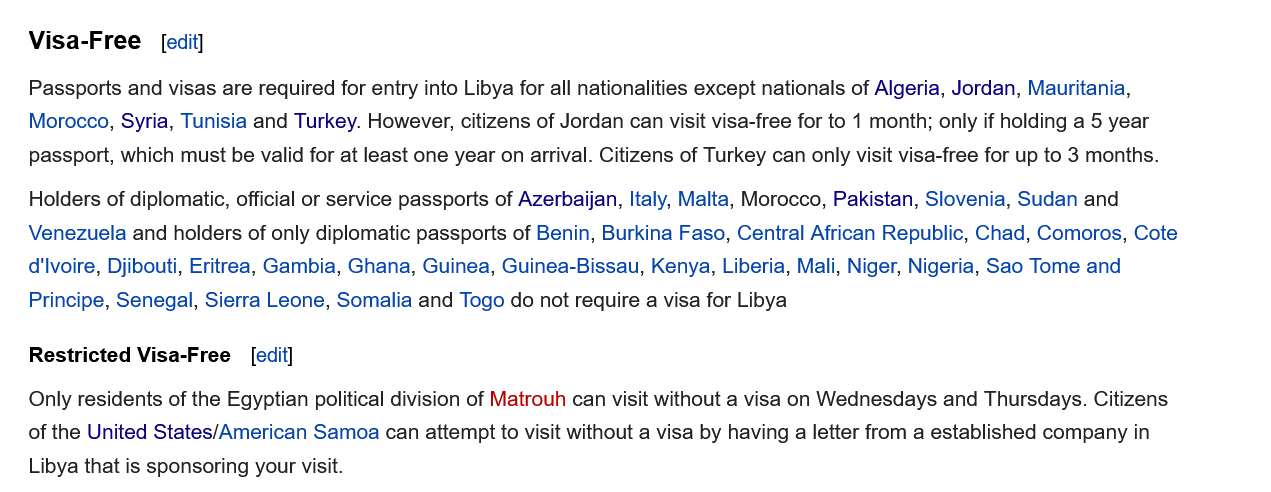
Visa-Free
   Only residents of the Egyptian political division of Matrouh can visit without a visa on Wednesdays and Thursdays. Citizens
   of the United States/American Samoa can attempt to visit without a visa by having a letter from a established company in
   Libya that is sponsoring your visit.
   Passports and visas are required for entry into Libya for all nationalities except nationals of Algeria, Jordan, Mauritania,
   Morocco, Syria, Tunisia and Turkey. However, citizens of Jordan can visit visa-free for to 1 month; only if holding a 5 year
   passport, which must be valid for at least one year on arrival. Citizens of Turkey can only visit visa-free for up to 3 months.
   Holders of diplomatic, official or service passports of Azerbaijan, Italy, Malta, Morocco, Pakistan, Slovenia, Sudan and
   Venezuela and  holders of only diplomatic passports of Benin, Burkina Faso, Central African Republic, Chad, Comoros, Cote
   d'lvoire, Djibouti, Eritrea, Gambia, Ghana, Guinea, Guinea-Bissau, Kenya, Liberia, Mali, Niger, Nigeria, Sao Tome and
   Principe, Senegal, Sierra Leone, Somalia and Togo do not require
   a
     visa  for Libya
     [edit]
   Restricted Visa-Free